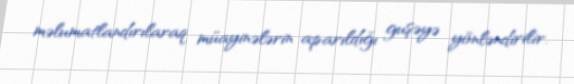
məlumatlandırılaraq müayinələrin aparıldığı guşəyə yönləndirilir.